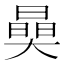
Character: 𣊖